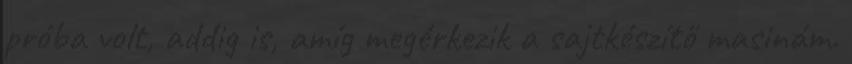
próba volt, addig is, amíg megérkezik a sajtkészítő masinám.